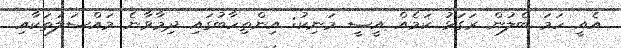
އެއީ ހަމަ ބެލުން ރަގަޅު ކަމެއް އީސީ މަނިކު: އިންތިހާބުގައި ދިމާވާނެ މައްސަލަތަކާއި